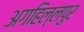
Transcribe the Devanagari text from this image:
अगहिल्लपुर